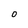
Character: 0